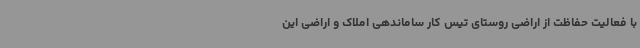
با فعالیت حفاظت از اراضی روستای تیس کار ساماندهی املاک و اراضی این